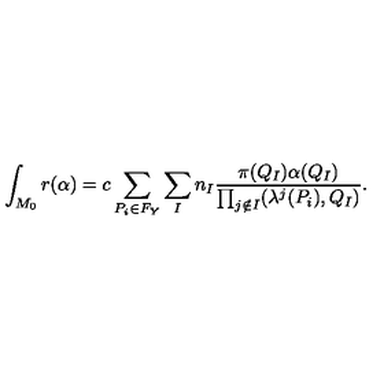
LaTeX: \int _ { M _ { 0 } } r ( \alpha ) = c \sum _ { P _ { i } \in F _ { Y } } \sum _ { I } n _ { I } \frac { \pi ( Q _ { I } ) \alpha ( Q _ { I } ) } { \prod _ { j \notin I } ( \lambda ^ { j } ( P _ { i } ) , Q _ { I } ) } .